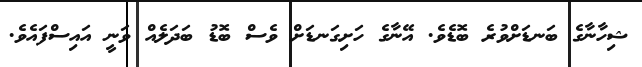
ޝިހާނާގެ ބަނޑަށްވުރެ ބޮޑެވެ. އޭނާގެ ހަށިގަނޑަށް ވެސް ބޮޑު ބަދަލެއް ވަނީ އައިސްފައެވެ.